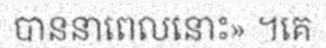
បាននាពេលនោះ» ។គេ